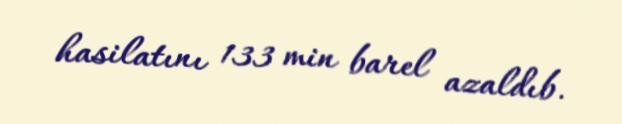
hasilatını 133 min barel azaldıb.